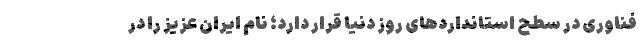
فناوری در سطح استانداردهای روز دنیا قرار دارد؛ نام ایران عزیز را در